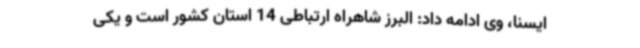
ایسنا، وی ادامه داد: البرز شاهراه ارتباطی 14 استان کشور است و یکی